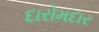
દારોમદાર